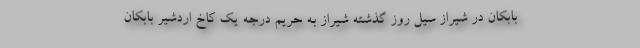
بابکان در شیراز سیل روز گذشته شیراز به حریم درجه یک کاخ اردشیر بابکان